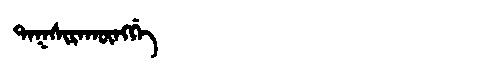
Manchu: ᡨᠠᡴᠰᡳᡵᠠᡴᡡᠩᡤᡝ
Romanization: TAKSIRAKŪNGGE